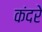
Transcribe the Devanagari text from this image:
कंदरे